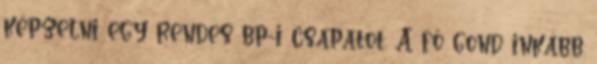
képzelni egy rendes bp-i csapatot. A fő gond inkább